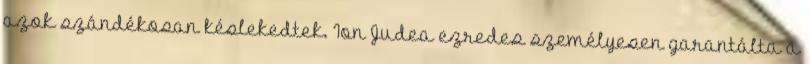
azok szándékosan késlekedtek. Ion Judea ezredes személyesen garantálta a